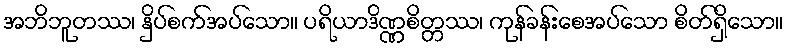
အဘိဘူတဿ၊ နှိပ်စက်အပ်သော။ ပရိယာဒိဏ္ဏစိတ္တဿ၊ ကုန်ခန်းစေအပ်သော စိတ်ရှိသော။